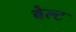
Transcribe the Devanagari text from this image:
बेल्‍ट